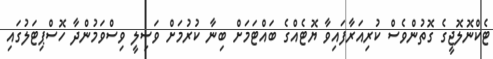
ޓެކްނޮލޮޖީގެ ގޮތުންވެސް ކުރިއަރާފައިވާ ޔޮޓެއްގެ ބައްޓަމަށް ބިނާ ކުރުމަށް ވަސިލީ ވިސްވަމުންދާ ހޮސްޕިޓަލުގައި